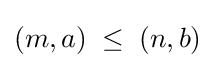
(m,a)\;\leq \;(n,b)